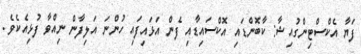
ފަޔާ އެކްސްޓިންގުއިޝާ: ކާބޮންޑައި އޮކްސައިޑާއި ފެން އަޅައިފައި ހުންނަ އަލިފާން ނިއްވާ ފުޅިއެކެވެ.